Vaccination North-Western Provinces 1866-1877 - 1866-1877
Year: 1866
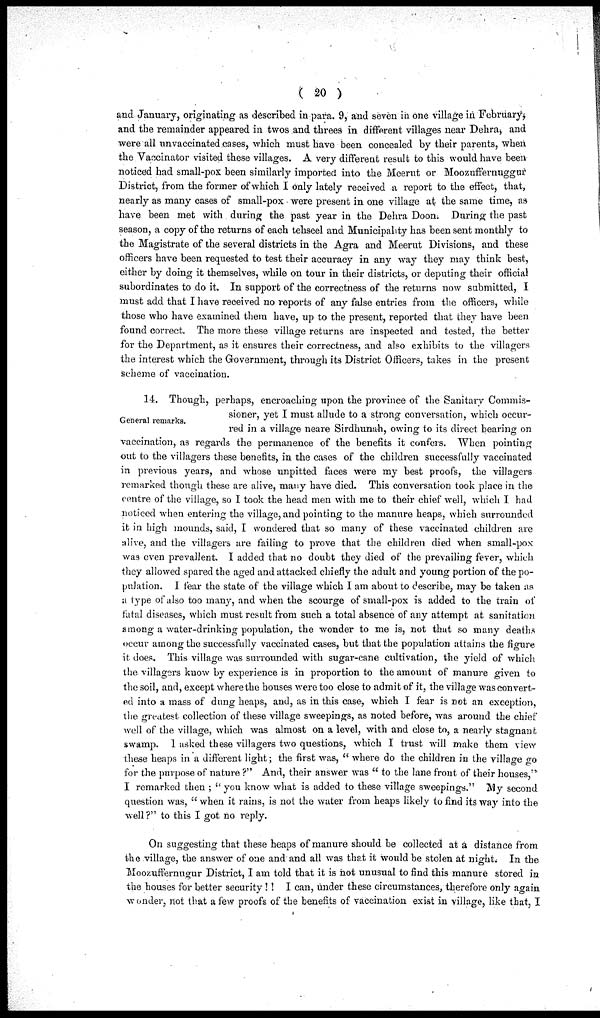
( 20 )
and January, originating as described in para. 9, and seven in one village in February,
and the remainder appeared in twos and threes in different villages near Dehra, and
were all unvaccinated cases, which must have been concealed by their parents, when
the Vaccinator visited these villages. A very different result to this would have been
noticed had small-pox been similarly imported into the Meerut or Moozuffernuggur
District, from the former of which I only lately received a report to the effect, that,
nearly as many cases of small-pox were present in one village at the same time, as
have been met with during the past year in the Dehra Doon. During the past
season, a copy of the returns of each tehseel and Municipality has been sent monthly to
the Magistrate of the several districts in the Agra and Meerut Divisions, and these
officers have been requested to test their accuracy in any way they may think best,
either by doing it themselves, while on tour in their districts, or deputing their official
subordinates to do it. In support of the correctness of the returns now submitted, I
must add that I have received no reports of any false entries from the officers, while
those who have examined them have, up to the present, reported that they have been
found correct. The more these village returns are inspected and tested, the better
for the Department, as it ensures their correctness, and also exhibits to the villagers
the interest which the Government, through its District Officers, takes in the present
scheme of vaccination.
General remarks.
14. Though, perhaps, encroaching upon the province of the Sanitary Commis-
sioner, yet I must allude to a strong conversation, which occur-
red in a village neare Sirdhunah, owing to its direct bearing on
vaccination, as regards the permanence of the benefits it confers. When pointing
out to the villagers these benefits, in the cases of the children successfully vaccinated
in previous years, and whose unpitted faces were my best proofs, the villagers
remarked though these are alive, many have died. This conversation took place in the
centre of the village, so I took the head men with me to their chief well, which I had
noticed when entering the village, and pointing to the manure heaps, which surrounded
it in high mounds, said, I wondered that so many of these vaccinated children are
alive, and the villagers are failing to prove that the children died when small-pox
was even prevallent. I added that no doubt they died of the prevailing fever, which
they allowed spared the aged and attacked chiefly the adult and young portion of the po-
pulation. I fear the state of the village which I am about to describe, may be taken as
a type of also too many, and when the scourge of small-pox is added to the train of
fatal diseases, which must result from such a total absence of any attempt at sanitation
among a water-drinking population, the wonder to me is, not that so many deaths
occur among the successfully vaccinated cases, but that the population attains the figure
it does. This village was surrounded with sugar-cane cultivation, the yield of which
the villagers know by experience is in proportion to the amount of manure given to
the soil, and, except where the houses were too close to admit of it, the village was convert-
ed into a mass of dung heaps, and, as in this case, which I fear is not an exception,
the greatest collection of these village sweepings, as noted before, was around the chief
well of the village, which was almost on a level, with and close to, a nearly stagnant
swamp. I asked these villagers two questions, which I trust will make them view
these heaps in a different light; the first was, " where do the children in the village go
for the purpose of nature ?" And, their answer was " to the lane front of their houses,"
I remarked then ; " you know what is added to these village sweepings." My second
question was, " when it rains, is not the water from heaps likely to find its way into the
well?" to this I got no reply.
On suggesting that these heaps of manure should be collected at a distance from
the village, the answer of one and and all was that it would be stolen at night. In the
Moozuffernugur District, I am told that it is not unusual to find this manure stored in
the houses for better security ! ! I can, under these circumstances, therefore only again
wonder, not that a few proofs of the benefits of vaccination exist in village, like that, I